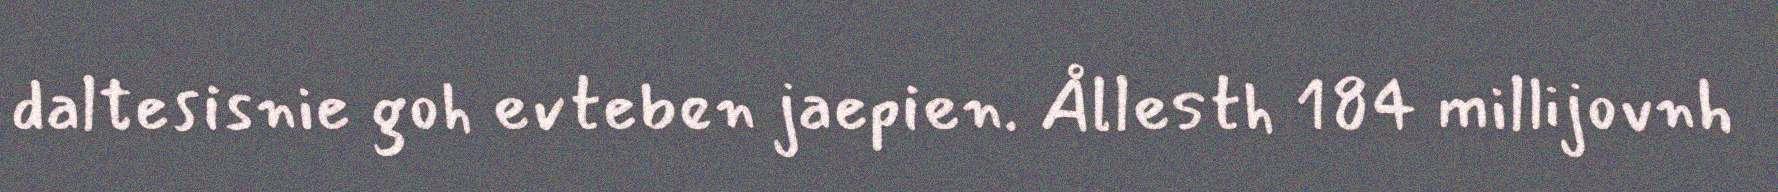
daltesisnie goh evteben jaepien. Ållesth 184 millijovnh